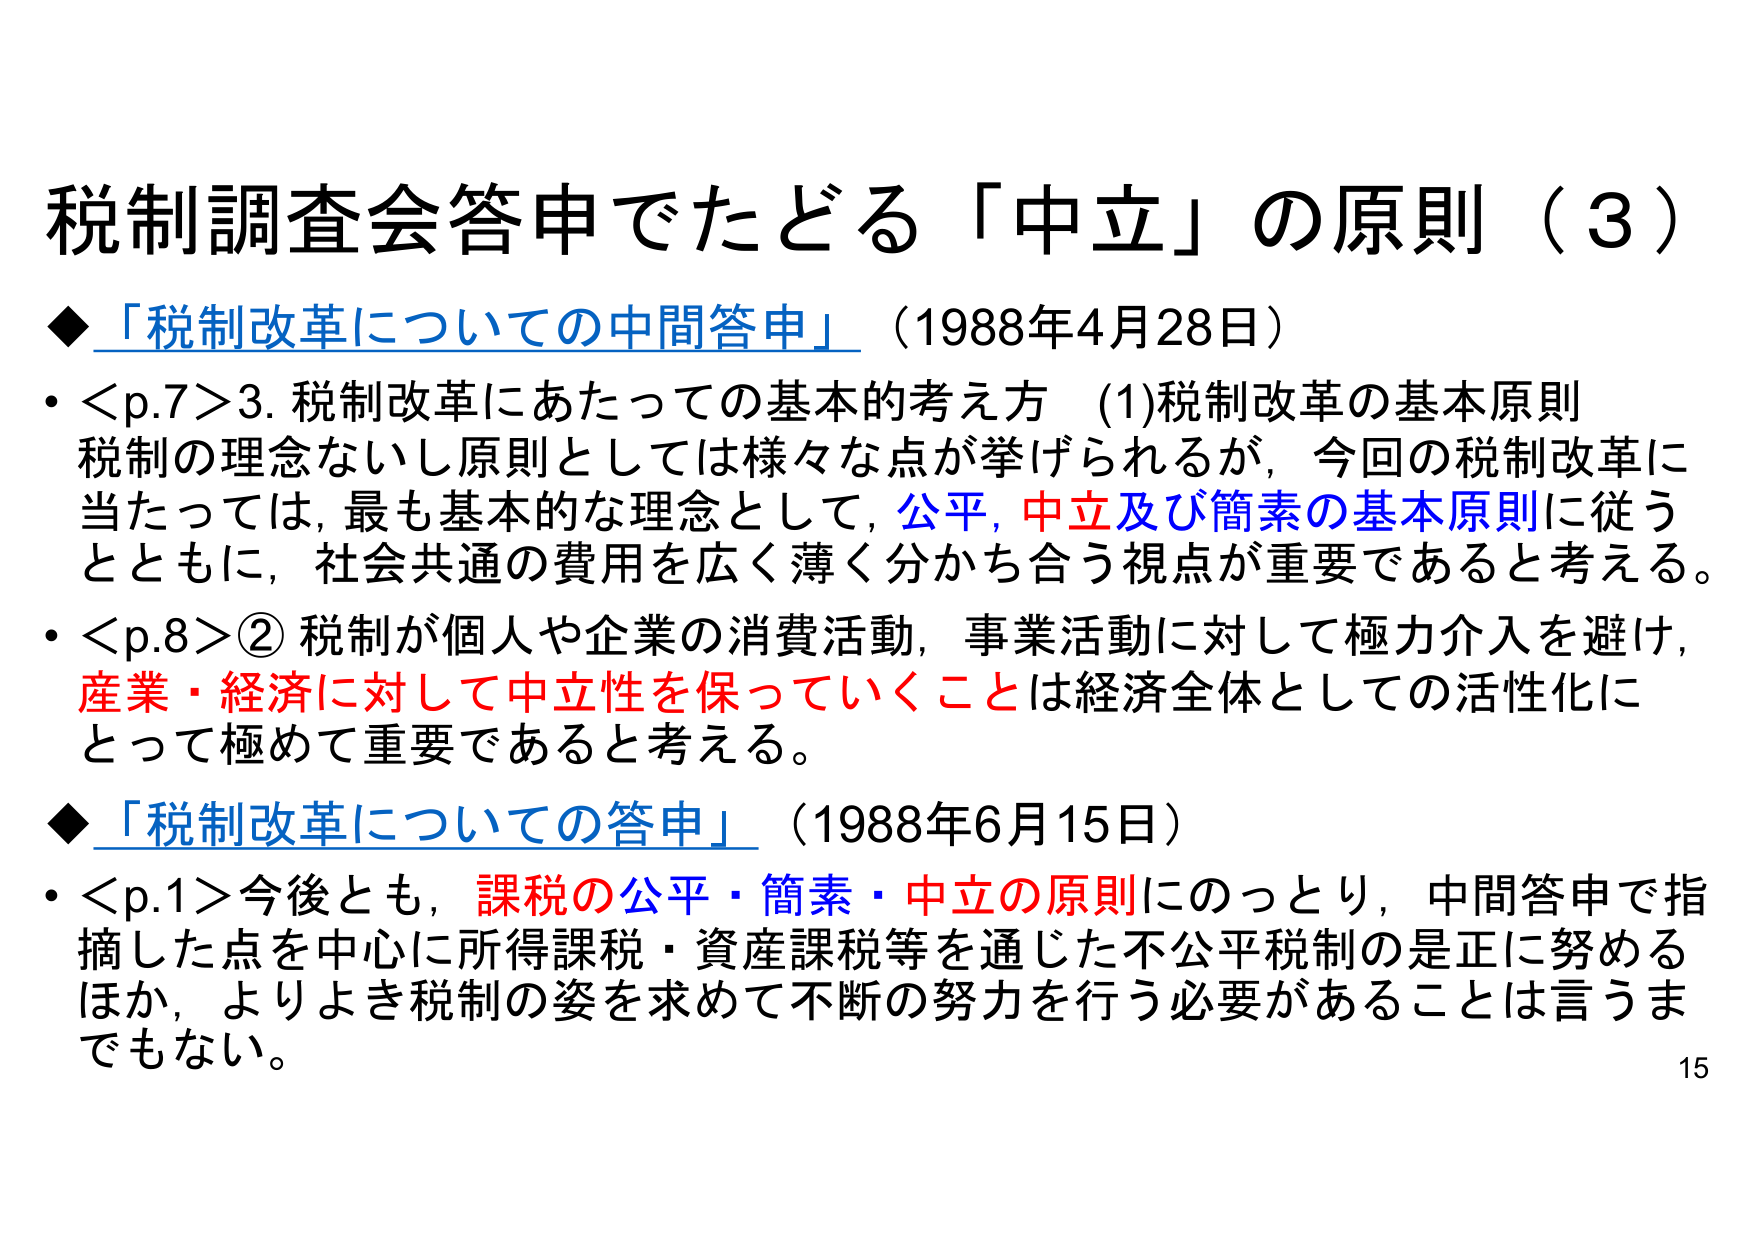
税制調査会答申でたどる「中立」の原則（3）

◆「税制改革についての中間答申」（1988年4月28日）
・＜p.7＞3. 税制改革にあたっての基本的考え方 (1)税制改革の基本原則
税制の理念ないし原則としては様々な点が挙げられるが，今回の税制改革に
当たっては，最も基本的な理念として，公平，中立及び簡素の基本原則に従う
とともに，社会共通の費用を広く薄く分かち合う視点が重要であると考える。
・＜p.8＞② 税制が個人や企業の消費活動，事業活動に対して極力介入を避け，
産業・経済に対して中立性を保っていくことは経済全体としての活性化に
とって極めて重要であると考える。

◆「税制改革についての答申」（1988年6月15日）
・＜p.1＞今後とも，課税の公平・簡素・中立の原則にのっとり，中間答申で指
摘した点を中心に所得課税・資産課税等を通じた不公平税制の是正に努める
ほか，よりよき税制の姿を求めて不断の努力を行う必要があることは言うま
でもない。

15